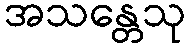
အသန္တေသု